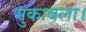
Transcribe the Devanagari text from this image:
मुकाबला।